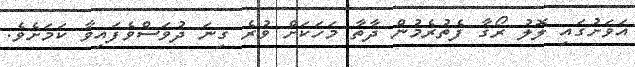
އަވަށުގައި ލޮލު ރޯގާ ފެތުރެމުން ދާތާ މަހަކަށް ވުރެ ގިނަ ދުވަސްވެފައިވާ ކަމަށެވެ.